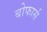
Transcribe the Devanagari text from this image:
बोफार्स